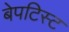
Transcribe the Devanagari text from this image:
बेपटिस्ट